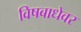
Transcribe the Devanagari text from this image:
विषबाधेवर